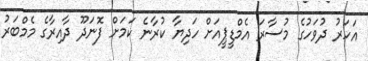
އަހަރު ދުވަހުގެ މުސާރަ އެމްޑީޕީއަށް ހަދިޔާ ކުރާނެ ކަމަށް ފޮނަދޫ ދާއިރާގެ މެމްބަރު